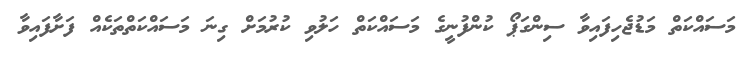
މަސައްކަތް މަޑުޖެހިފައިވާ ސިންގަޕޯ ކުންފުނީގެ މަސައްކަތް ހަލުވި ކުރުމަށް ގިނަ މަސައްކަތްތަކެއް ފަށާފައިވާ